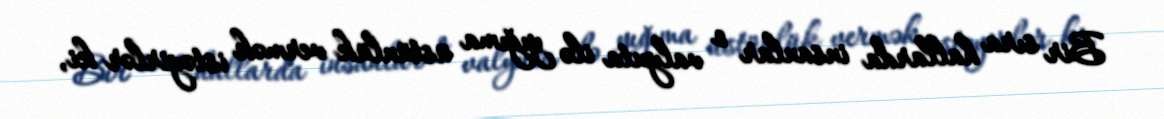
Bir sıra hallarda insanlar o valyuta ilə yığıma üstünlük vermək istəyirlər ki,